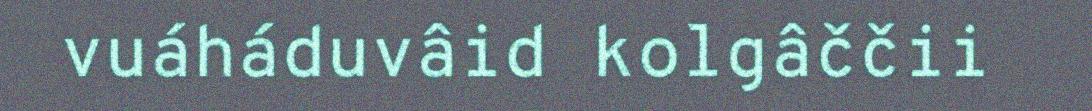
vuáháduvâid kolgâččii